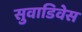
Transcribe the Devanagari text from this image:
सुवाडिवेस